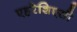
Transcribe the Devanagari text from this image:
एहरेशिएसी